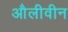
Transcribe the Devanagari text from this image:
औलीवीन